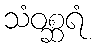
သံဝစ္ဆရံ